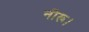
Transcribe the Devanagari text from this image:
नीरू।